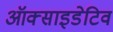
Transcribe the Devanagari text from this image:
ऑक्साइडेटिव